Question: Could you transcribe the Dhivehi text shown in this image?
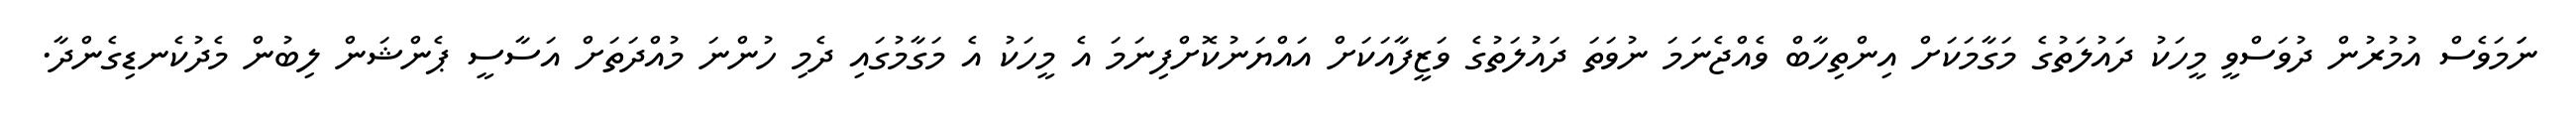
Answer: ނަަމަވެސް އުމުރުން ދުވަސްވީ މީހަކު ދައުލަތުގެ މަގާމަކަށް އިންތިހާބް ވެއްޖެނަމަ ނުވަތަ ދައުލަތުގެ ވަޒީފާއަކަށް އައްޔަނުކޮށްފިނަމަ އެ މީހަކު އެ މަގާމުގައި ދެމި ހުންނަ މުއްދަތަށް އަސާސީ ޕެންޝަން ލިބުން މެދުކެނޑިގެންދާ.